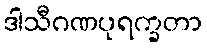
ဒါသီဂဏပုရက္ခတာ